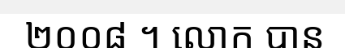
២០០៨ ។ លោក បាន